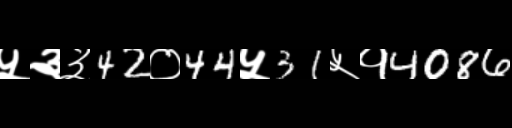
Text: ५३३42०44५31५१4086